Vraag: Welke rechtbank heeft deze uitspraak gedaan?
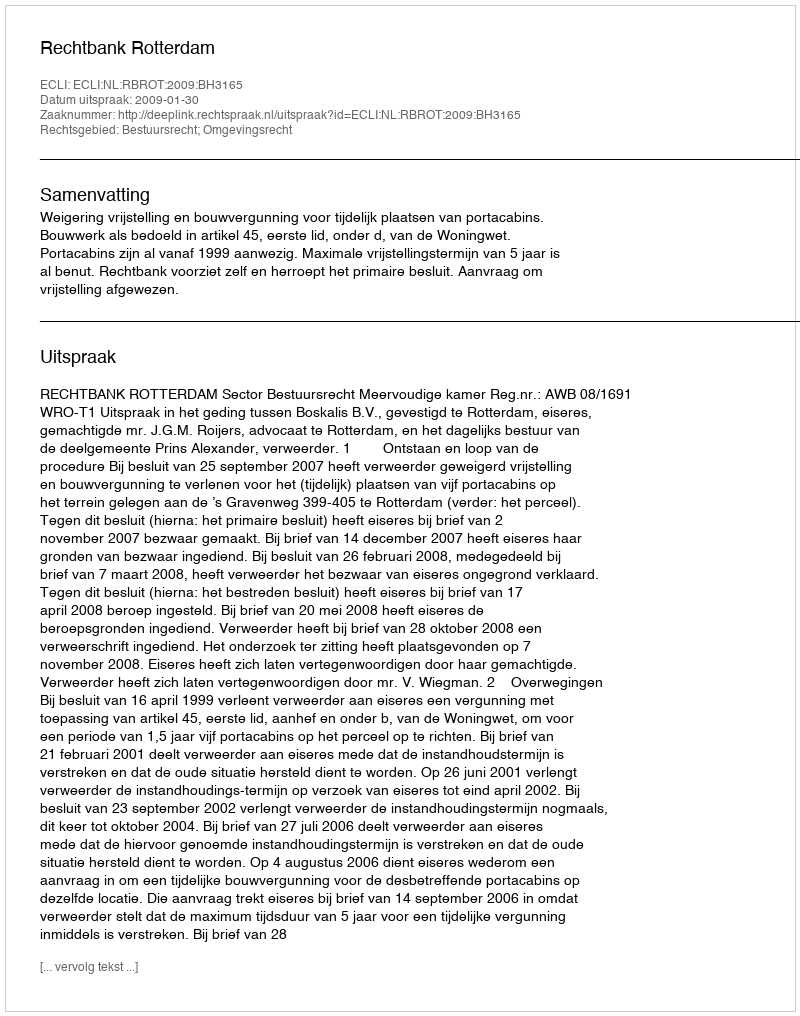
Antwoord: Rechtbank Rotterdam